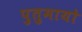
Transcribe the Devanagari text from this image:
पुतुमायो